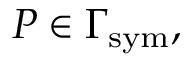
P \in \Gamma _ { \mathrm { { s y m } } } ,